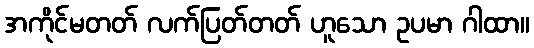
အကိုင်မတတ် လက်ပြတ်တတ် ဟူသော ဥပမာ ဂါထာ။